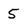
Character: 5